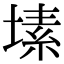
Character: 塐